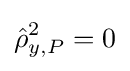
{\hat {\rho }}_{y,P}^{2}=0